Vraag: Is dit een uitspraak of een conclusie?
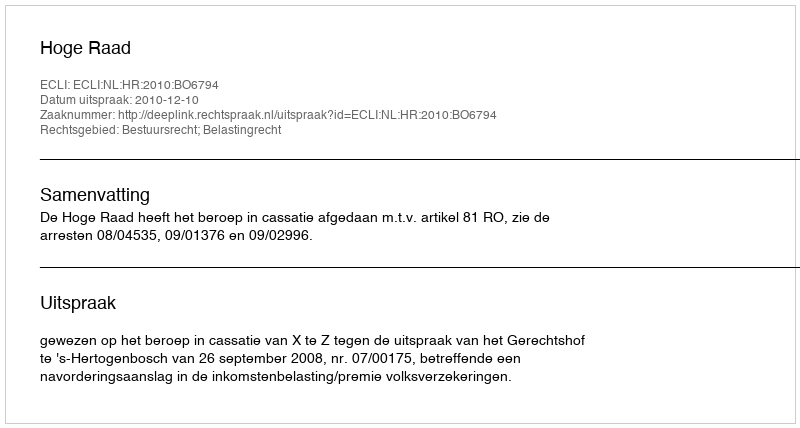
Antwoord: Uitspraak